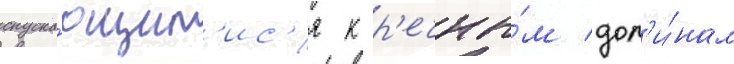
спуска́ющим'ис'я к р'ечны́м дол'и́нам